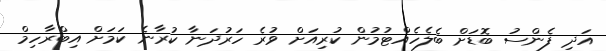
އަދި ފެންސު ބޮޑަށް ބެލެހެއްޓުމުން ކުރިއަށް ވުރެ ހަރުދަނާ ކުރާނެ ކަމަށް އިބްރާހިމް